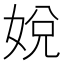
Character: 娧